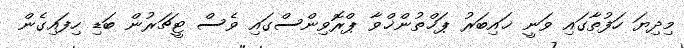
މިދިޔަ ހަފުތާގައި ވަނީ ޚައިބަރު ޕަޚްތުންޚްވާ ޕްރޮވިންސްގައި ވެސް ޓީޗަރުން ބަޑި ހިފައިގެން